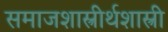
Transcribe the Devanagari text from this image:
समाजशास्त्रीर्थशास्त्री